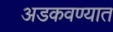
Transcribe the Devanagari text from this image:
अडकवण्यात